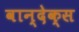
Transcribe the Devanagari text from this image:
वान्देक्स